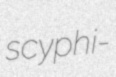
scyphi-